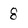
Character: 8